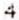
4